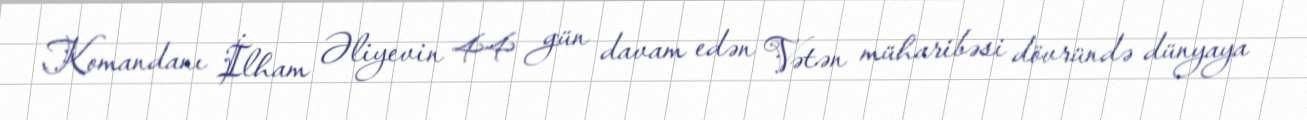
Komandanı İlham Əliyevin 44 gün davam edən Vətən müharibəsi dövründə dünyaya